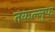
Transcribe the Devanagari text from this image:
तकल्लुफ